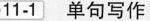
11-1单句写作